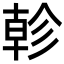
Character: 𢒨